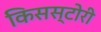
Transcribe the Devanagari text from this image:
किसस्टोरी